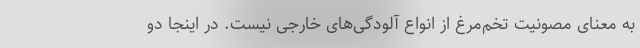
به معنای مصونیت تخم‌مرغ از انواع آلودگی‌های خارجی نیست. در اینجا دو